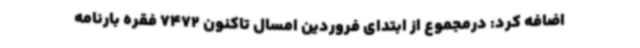
اضافه کرد: درمجموع از ابتدای فروردین امسال تاکنون 7472 فقره بارنامه